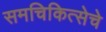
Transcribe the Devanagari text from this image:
समचिकित्सेचे